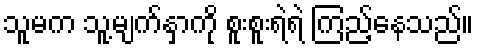
သူမက သူ့မျက်နှာကို စူးစူးရဲရဲ ကြည့်နေသည်။